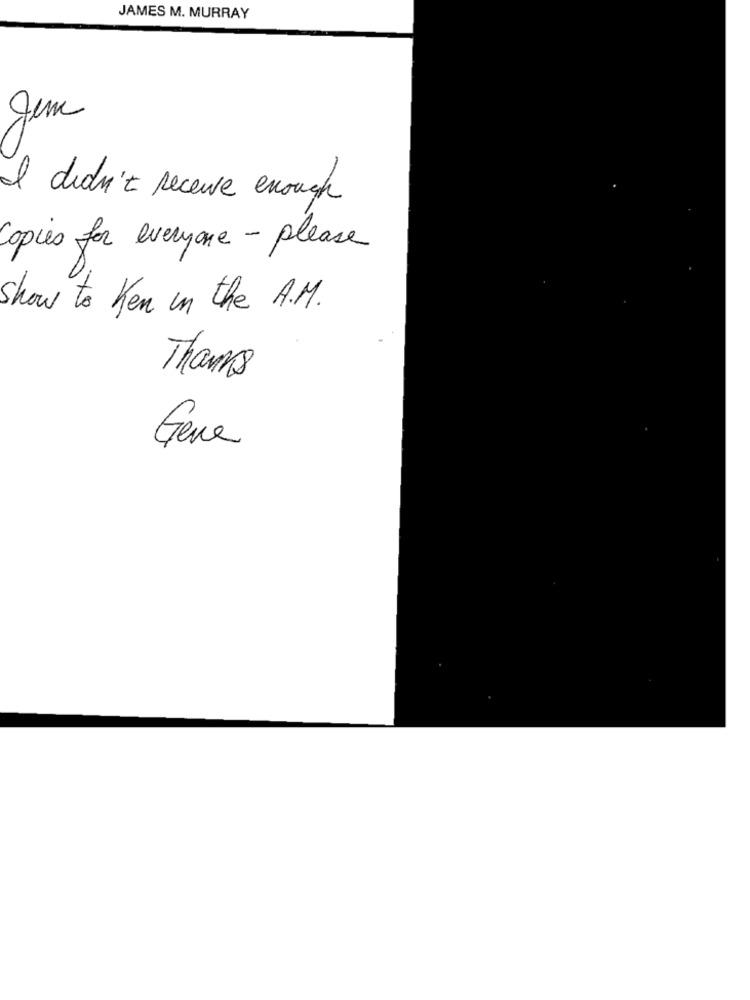
JAMES M. MURRAY
I didn't receive enough
Copies for everyone - please
show to Ken in the A.M.
Thanks
Gene